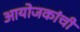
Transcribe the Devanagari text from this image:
आयोजकांची